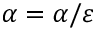
\alpha = \alpha / \varepsilon